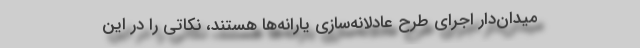
میدان‌دار اجرای طرح عادلانه‌سازی یارانه‌ها هستند، نکاتی را در این